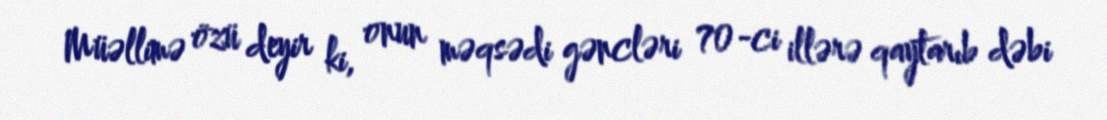
Müəllimə özü deyir ki, onun məqsədi gəncləri 70-ci illərə qaytarıb dəbi